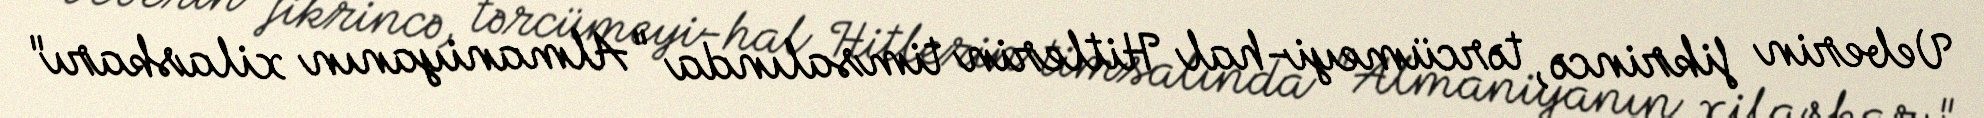
Veberin fikrincə, tərcümeyi-hal Hitlerin timsalında "Almaniyanın xilaskarı"